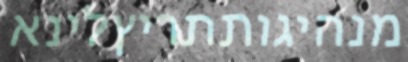
מנהיגותתריץלינא